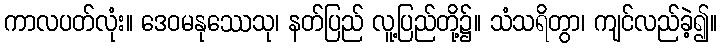
ကာလပတ်လုံး။ ဒေဝမနုဿေသု၊ နတ်ပြည် လူ့ပြည်တို့၌။ သံသရိတွာ၊ ကျင်လည်ခဲ့၍။